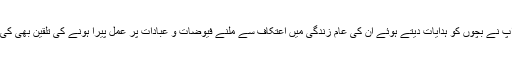
آپ نے بچوں کو ہدایات دیتے ہوئے ان کی عام زندگی میں اعتکاف سے ملنے فیوضات و عبادات پر عمل پیرا ہونے کی تلقین بھی کی۔